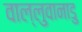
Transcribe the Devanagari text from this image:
वाल्लुवानाडु